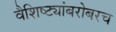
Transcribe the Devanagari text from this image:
वैशिष्ट्यांबरोबरच